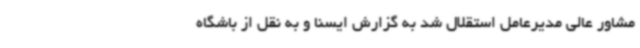
مشاور عالی مدیرعامل استقلال شد به گزارش ایسنا و به نقل از باشگاه